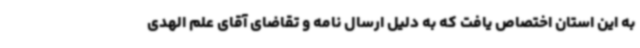
به این استان اختصاص یافت که به دلیل ارسال نامه و تقاضای آقای علم الهدی